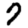
Digit: 7